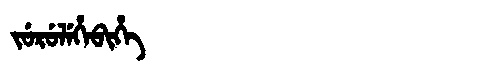
Manchu: ᠵᡠᡵᡠᠯᡝᡥᡝᠪᡳᡥᡝ
Romanization: JURULEHEBIHE